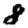
Digit: 8